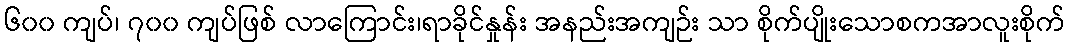
၆၀၀ ကျပ်၊ ၇၀၀ ကျပ်ဖြစ် လာကြောင်း၊ရာခိုင်နှုန်း အနည်းအကျဉ်း သာ စိုက်ပျိုးသောစကအာလူးစိုက်